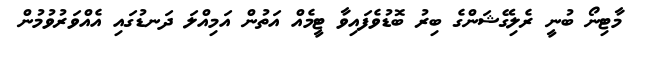
މާޓިނޯ ބުނީ ރެލިގޭޝަންގެ ބިރު ބޮޑުވެފައިވާ ޓީމެއް އަތުން އަމިއްލަ ދަނޑުގައި އެއްވަރުވުމުން